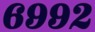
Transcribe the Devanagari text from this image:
६९९२